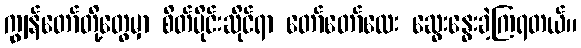
ကျွန်တော်တို့တွေမှာ စိတ်ပိုင်းဆိုင်ရာ တော်တော်လေး ဆွေးနွေးခဲ့ကြရတယ်။